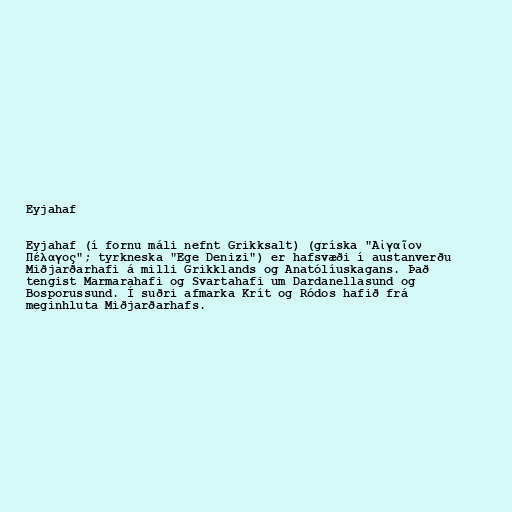
Eyjahaf

Eyjahaf (í fornu máli nefnt Grikksalt) (gríska "Αἰγαῖον
Πέλαγος"; tyrkneska "Ege Denizi") er hafsvæði í austanverðu
Miðjarðarhafi á milli Grikklands og Anatólíuskagans. Það
tengist Marmarahafi og Svartahafi um Dardanellasund og
Bosporussund. Í suðri afmarka Krít og Ródos hafið frá
meginhluta Miðjarðarhafs.